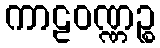
ကာဠဝဏ္ဏဉ္စ